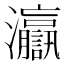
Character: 𤅗